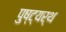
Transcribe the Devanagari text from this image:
पुष्ट्यर्थ